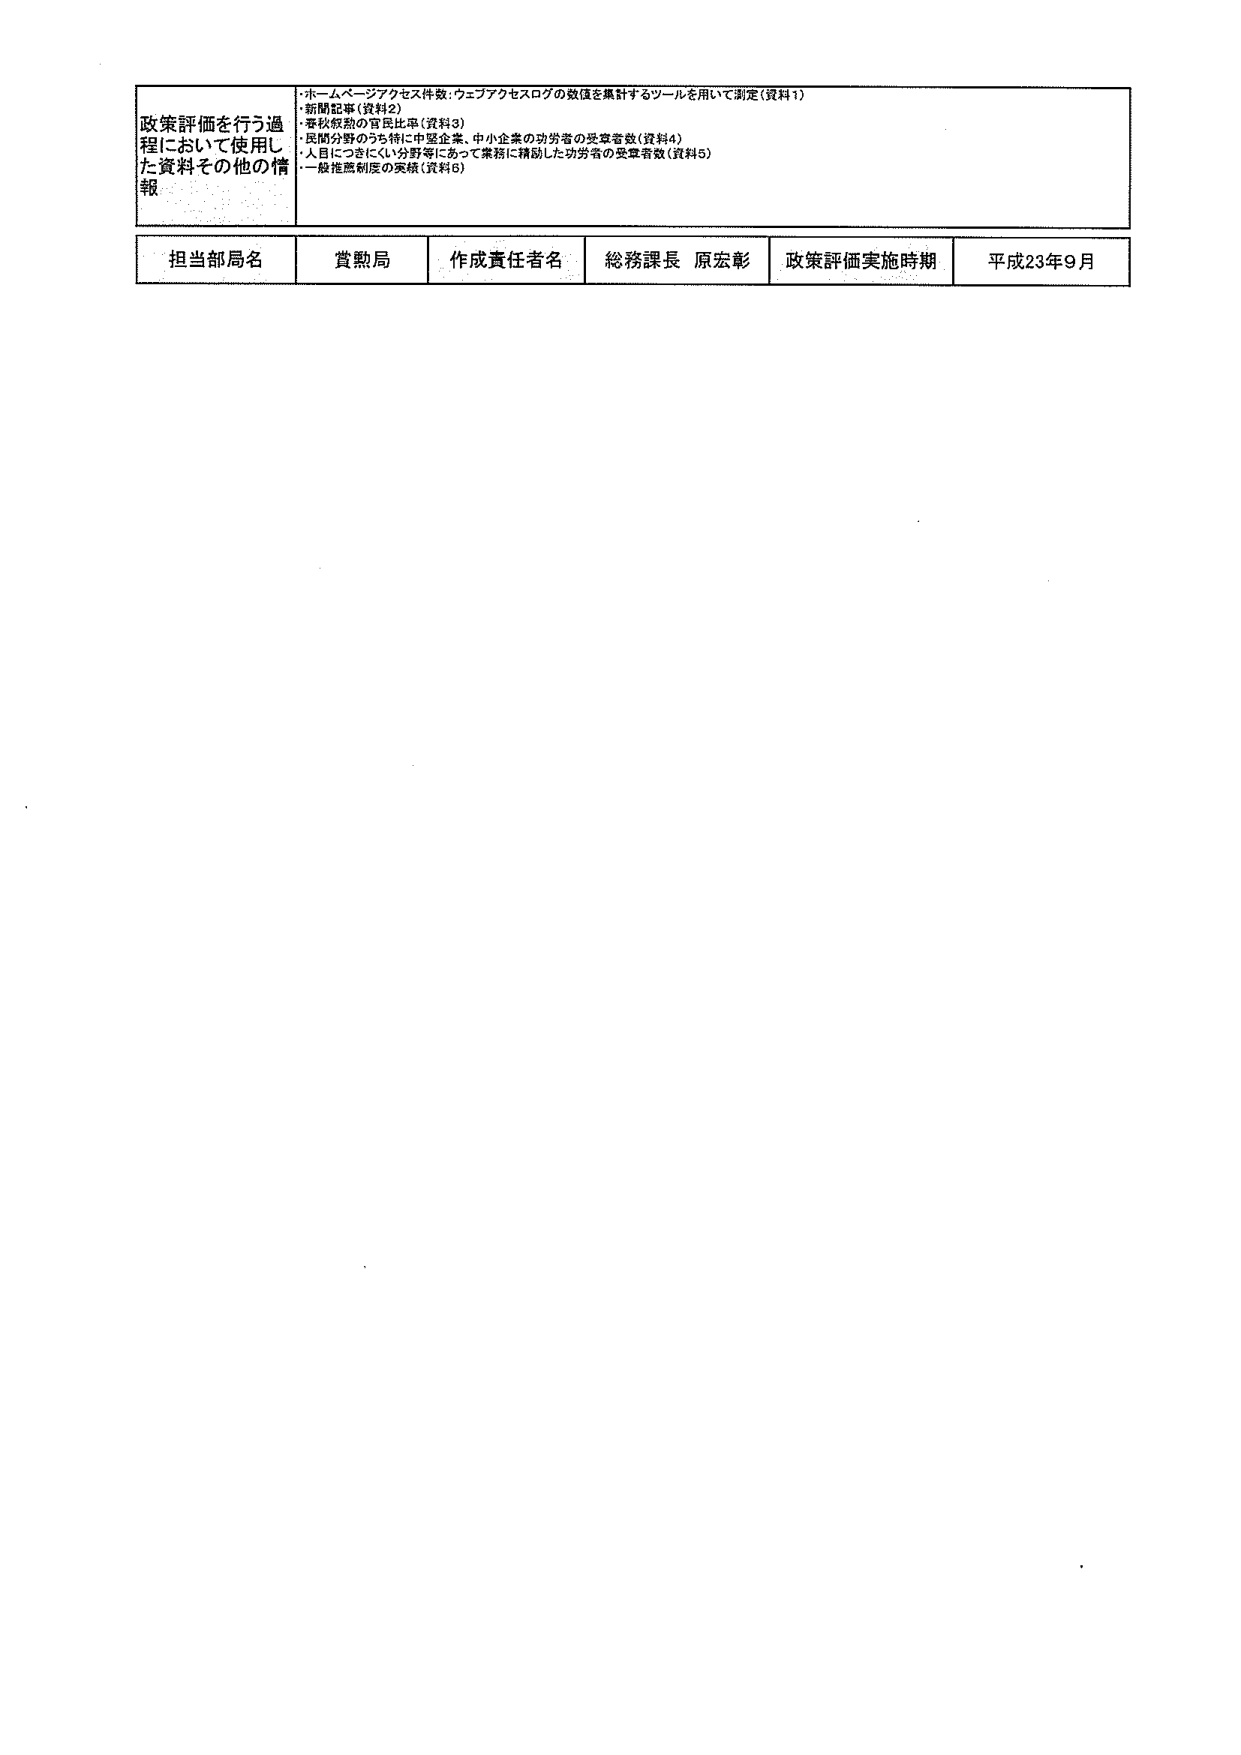
政策評価を行う過程において使用した資料その他の情報
・ホームページアクセス件数：ウェブアクセスログの数値を集計するツールを用いて測定（資料1）
・新聞記事（資料2）
・春秋叙勲の官民比率（資料3）
・民間分野のうち特に中堅企業、中小企業の功労者の受章者数（資料4）
・人目につきにくい分野等にあって業務に精励した功労者の受章者数（資料5）
・一般推薦制度の実績（資料6）

担当部局名 賞勲局
作成責任者名 総務課長 原宏彰
政策評価実施時期 平成23年9月